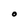
Character: O